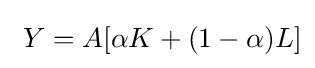
\ Y=A[\alpha K+(1-\alpha )L]